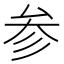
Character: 参